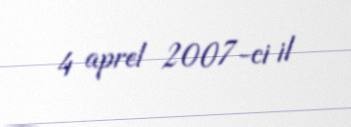
4 aprel 2007-ci il